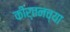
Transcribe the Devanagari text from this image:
कीर्तनच्या